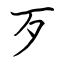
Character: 歹